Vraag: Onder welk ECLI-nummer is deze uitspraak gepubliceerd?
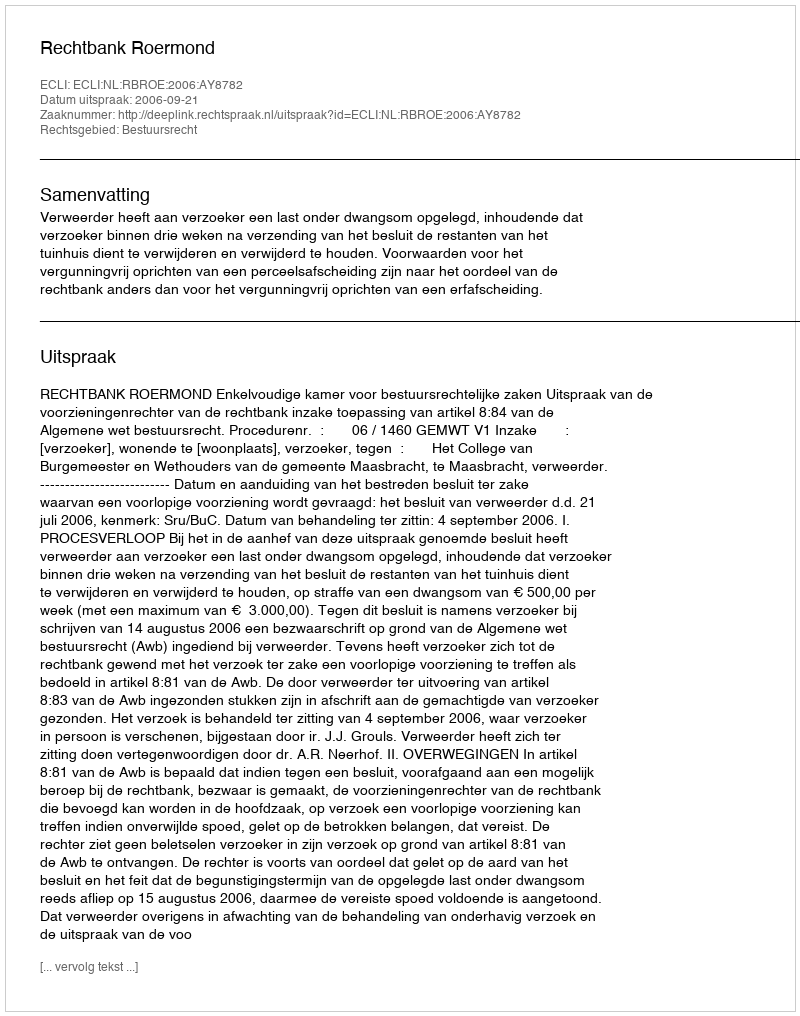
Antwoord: ECLI:NL:RBROE:2006:AY8782